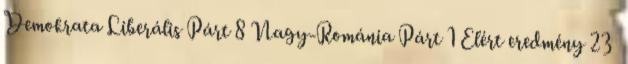
Demokrata Liberális Párt 8 Nagy-Románia Párt 1 Elért eredmény 23